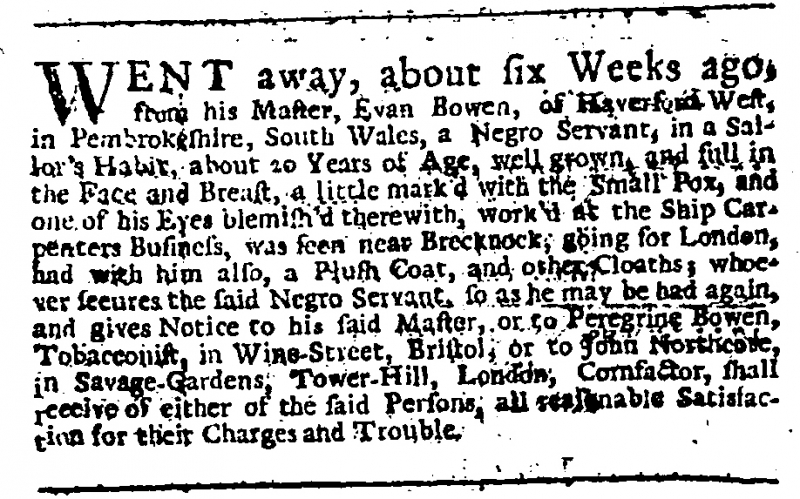
Daily Journal, 12 April 1735 (England)
WENT away, about six Weeks ago, from his Master, Evan Bowen, of Haverford West, in Pembrokeshire, South Wales, a Negro Servant, in a Sailor’s Habit, about 20 Years of Age, well grown, and full in the Face and Breast, a little mark’d with the Small Pox, and one of his Eyes blemish’d therewith, work’d at the Ship Carpenters Business, was seen near Brecknock, going for London, had with him also, a Plush Coat, and other Cloaths; whoever secures the said Negro Servant, so as he may be had again, and gives Notice to his said Master, or to Peregrine Bowen, Tobacconist, in Wine-Street, Bristol, or to John Northcote, in Savage-Gardens, Tower-Hill, London, Cornfactor, shall receive of either of the said Persons, all reasonable Satisfaction for their Charges and Trouble.